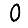
Digit: 0